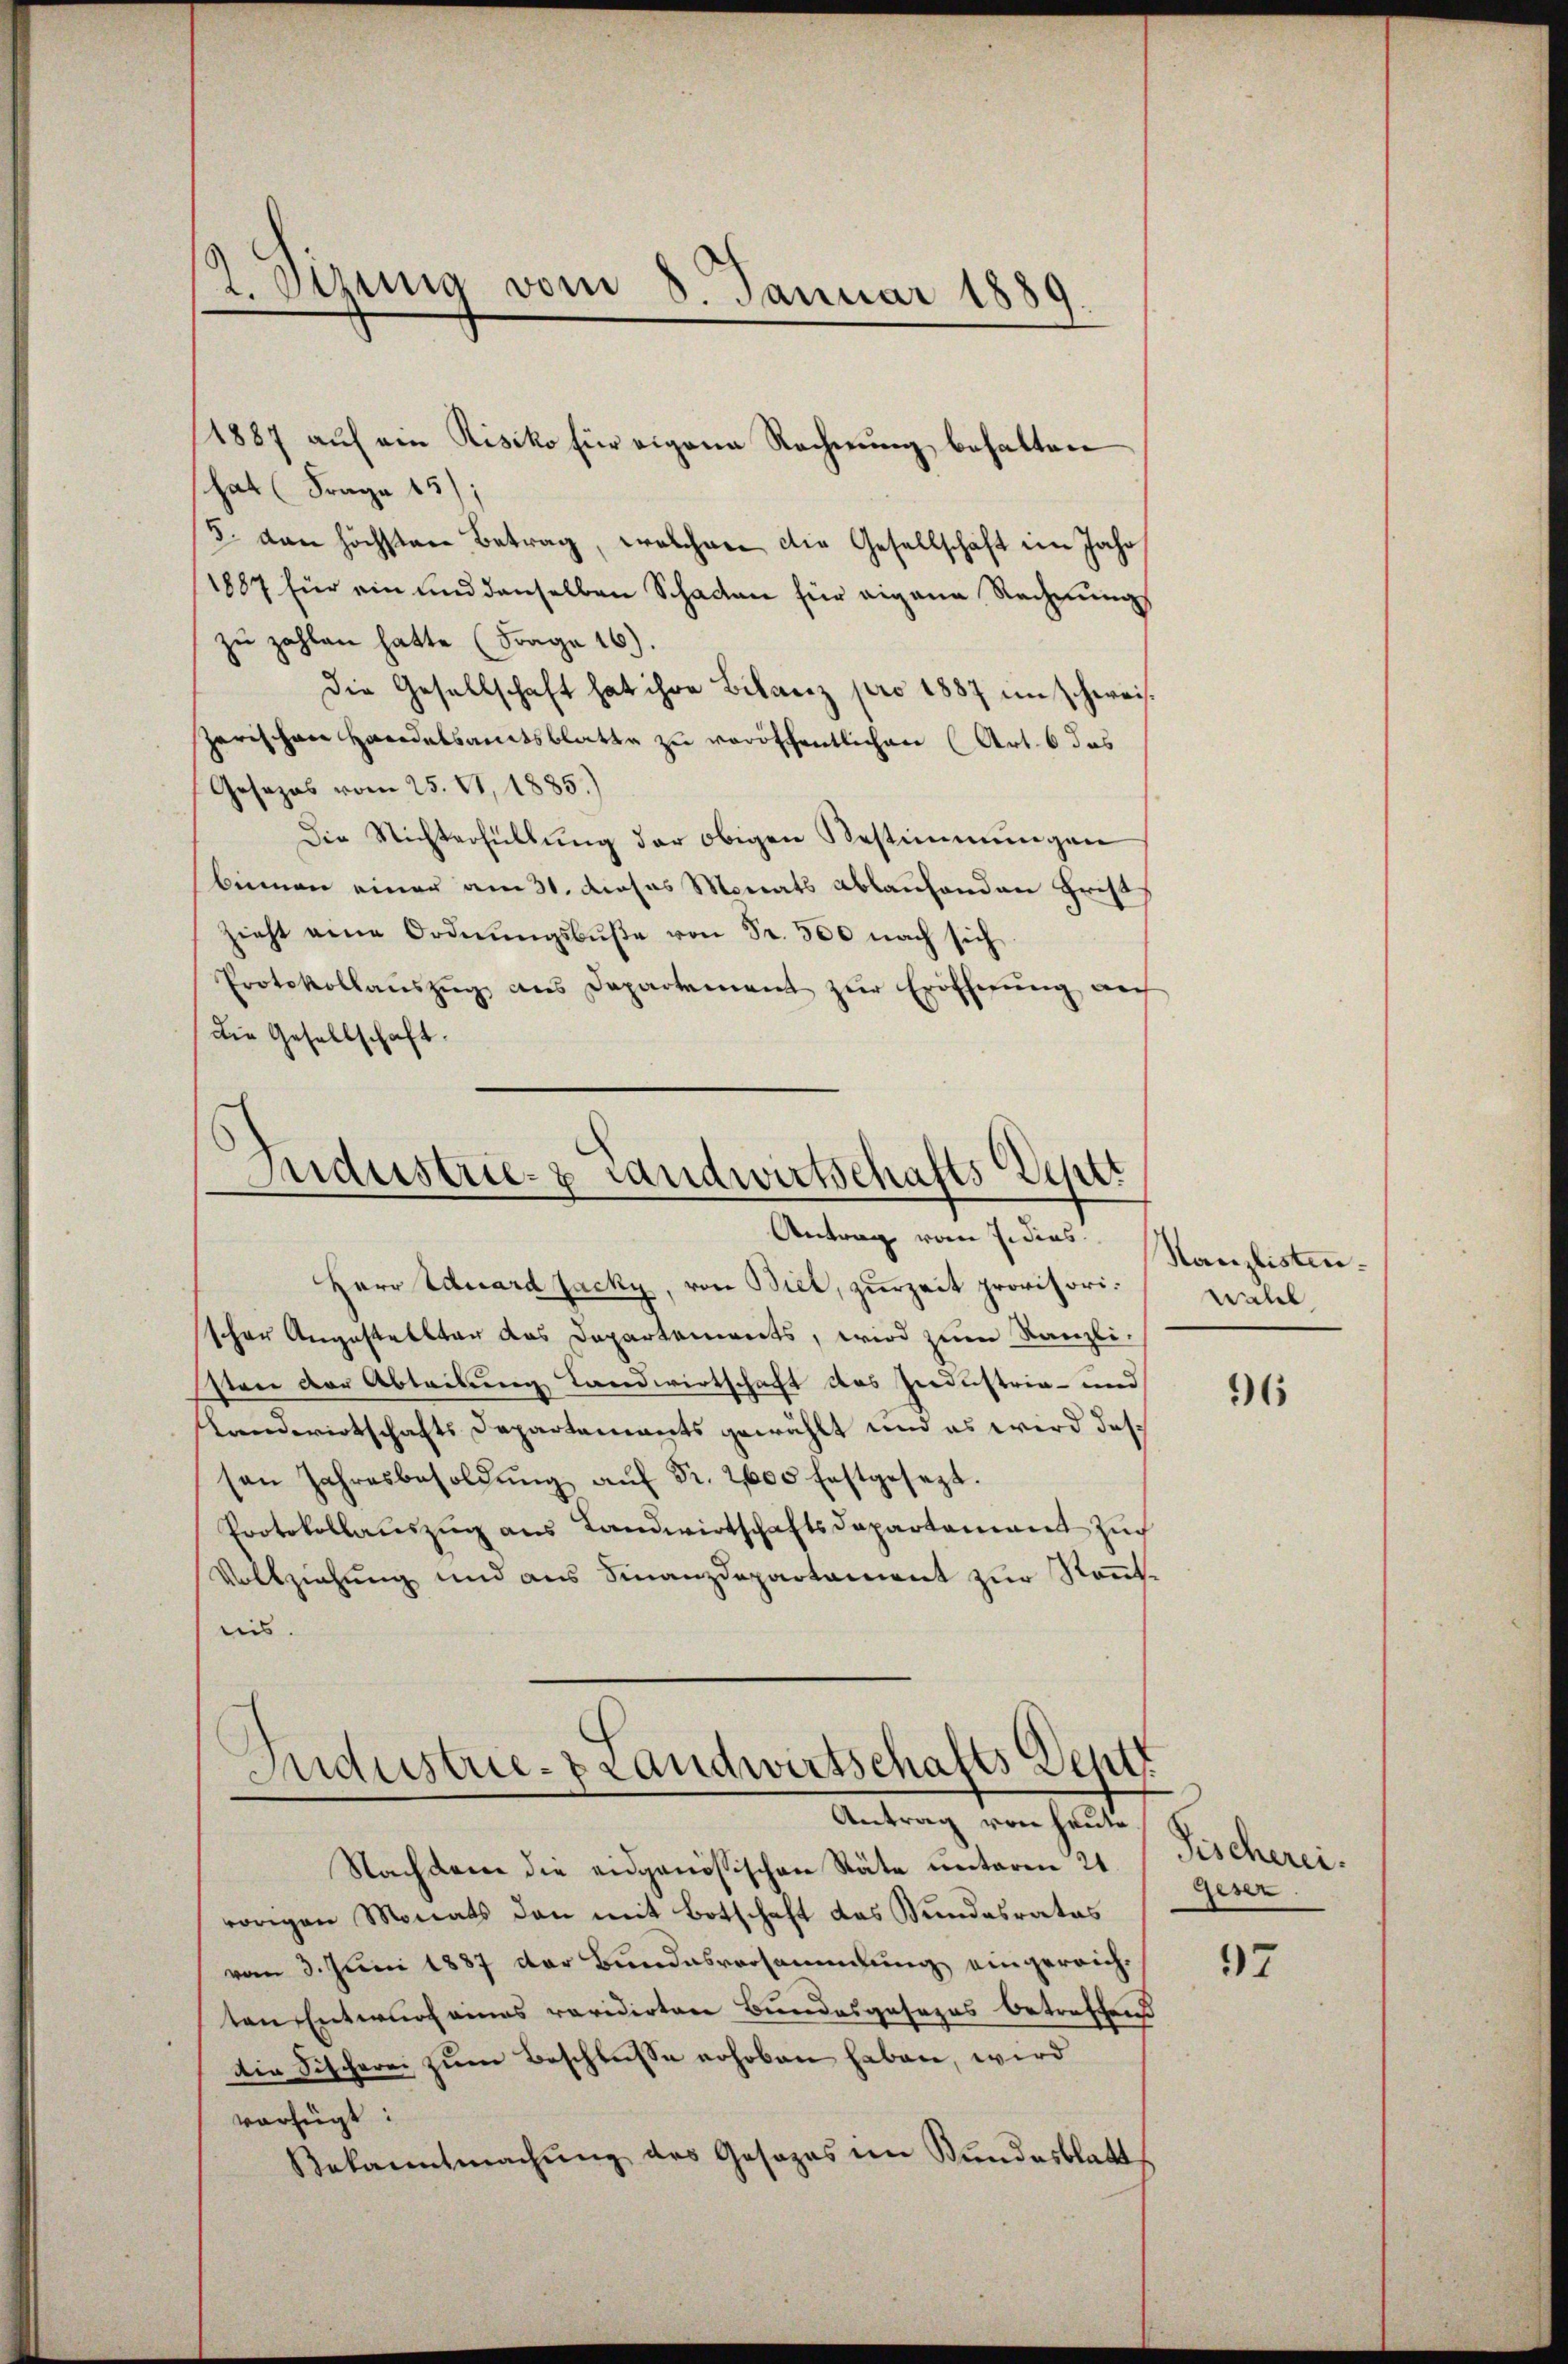
1887 auf ein Risiko für eigene Rechnung behalten
hat (Frage 15);
5. dan höchsten Betrag, welcher die Gesellschaft im Jahr
1887 für ein und denselben Schaden für eigene Rechnungs
zu zahlen hatte (Frage 16).
Die Gesellschaft hat ihre Bilanz pro 1887 in schweiszerischen Handelsamtsblatte zu veröffentlichen (Art. 6 das
Gesezes vom 25. VI, 1885.)
Die Nichterfüllung der obigen Bestimmungen
biemen einer am 31. dieses Monats ablaufenden Frist
zieht eine Ordnŭngsbŭβe von Fr. 500 nach sich
Protokollaŭszŭg ans Departement zŭr Eröffnŭng auf
die Gesellschaft.

2. Sizung vom 8. Januar 1889.

Sudustrie- & Landwirtschafts Vestt
Antrag vom J. dies

Herr Eduard Jacky, von Biel, zurzeit provisorischon Angestellten das Departements, wird zum Kanzli-
sten der Abteilung Landwirtschaft des Industria- und
Landwirtschafts Departements gewählt und es wird das
sen Jahresbesoldŭng aŭf Fr. 2600 festgesezt.
Protokollauszug aus Landwirtschaftsdepartement zu
Vollziehung und aus Finanzdepartament zur Kenntnis.

e
Industrie-Brandwirtschafts Deutt
Antrag von heute

Nachdem die eidgenössischen Stäte unteren 21.
vorigen Monats den mit Botschaft das Kundesrates
vom 3. Juni 1887 der Bundesversammlung eingereichten Entwurf eines revidirten Bundesgesezes betreffend
Die Fischerei zum Beschlusse erhoben haben, wird
vorfügt:
Bekanntmachŭng des Gesezes im Bundesblatt

Kanzlisten.
wall

96

Fischerei.
Geser

97